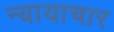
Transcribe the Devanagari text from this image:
न्यायाचार